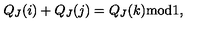
Q _ { J } ( i ) + Q _ { J } ( j ) = Q _ { J } ( k ) \mathrm { m o d } 1 ,